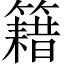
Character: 籍